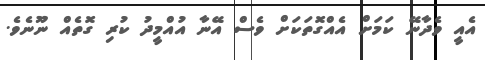
އެއީ ވެދާނޭ ކަމަށް އެއްގޮތަކަށް ވެސް އޭނާ އުއްމީދު ކުރި ގޮތެއް ނޫނެވެ.